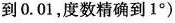
到0.01，度数精确到1°)